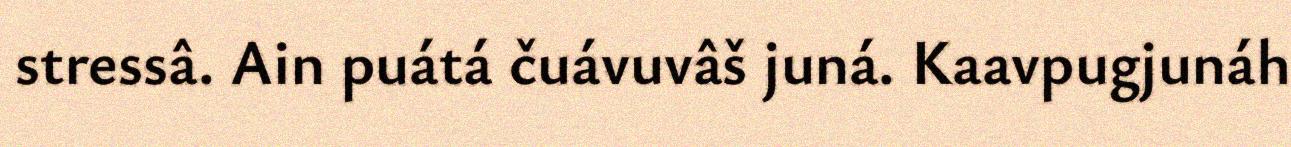
stressâ. Ain puátá čuávuvâš juná. Kaavpugjunáh